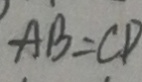
A B = C D